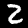
Label: 2